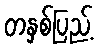
တနှစ်ပြည့်